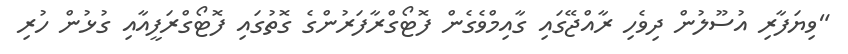
"ވިޔަފާރި އުސޫލުން ދިވެހި ރާއްޖޭގައި ގާއިމްވެގެން ފޮޓޯގްރާފަރުންގެ ގޮތުގައި ފޮޓޯގްރަފީއާއި ގުޅުން ހުރި